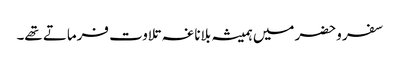
سفر وحضر میں ہمیشہ بلاناغہ تلاوت فرماتے تھے۔